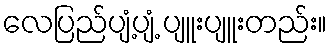
လေပြည်ပျံ့ပျံ့ ပျူးပျူးတည်း။